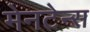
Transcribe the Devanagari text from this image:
मेनटेन्स